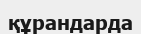
құрандарда